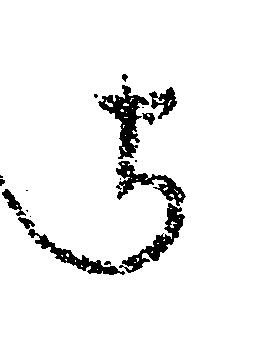
よ